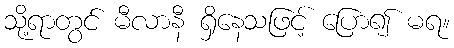
သို့ရာတွင် မီလာနီ ရှိနေသဖြင့် ပြော၍ မရ။